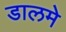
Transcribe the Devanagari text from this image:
डालमे